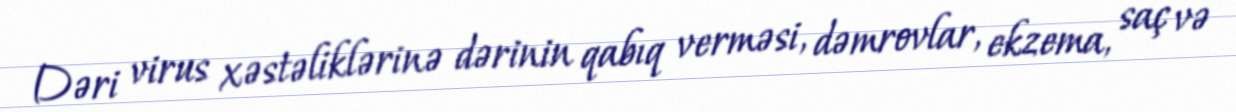
Dəri virus xəstəliklərinə dərinin qabıq verməsi, dəmrovlar, ekzema, saç və